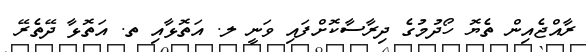
ރާއްޖެއިން ތެޔޮ ހޯދުމުގެ ދިރާސާކޮށްފައި ވަނީ ލ. އަތޮޅާއި ތ. އަތޮޅާ ދޭތެރޭ